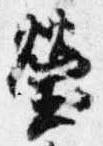
瑩